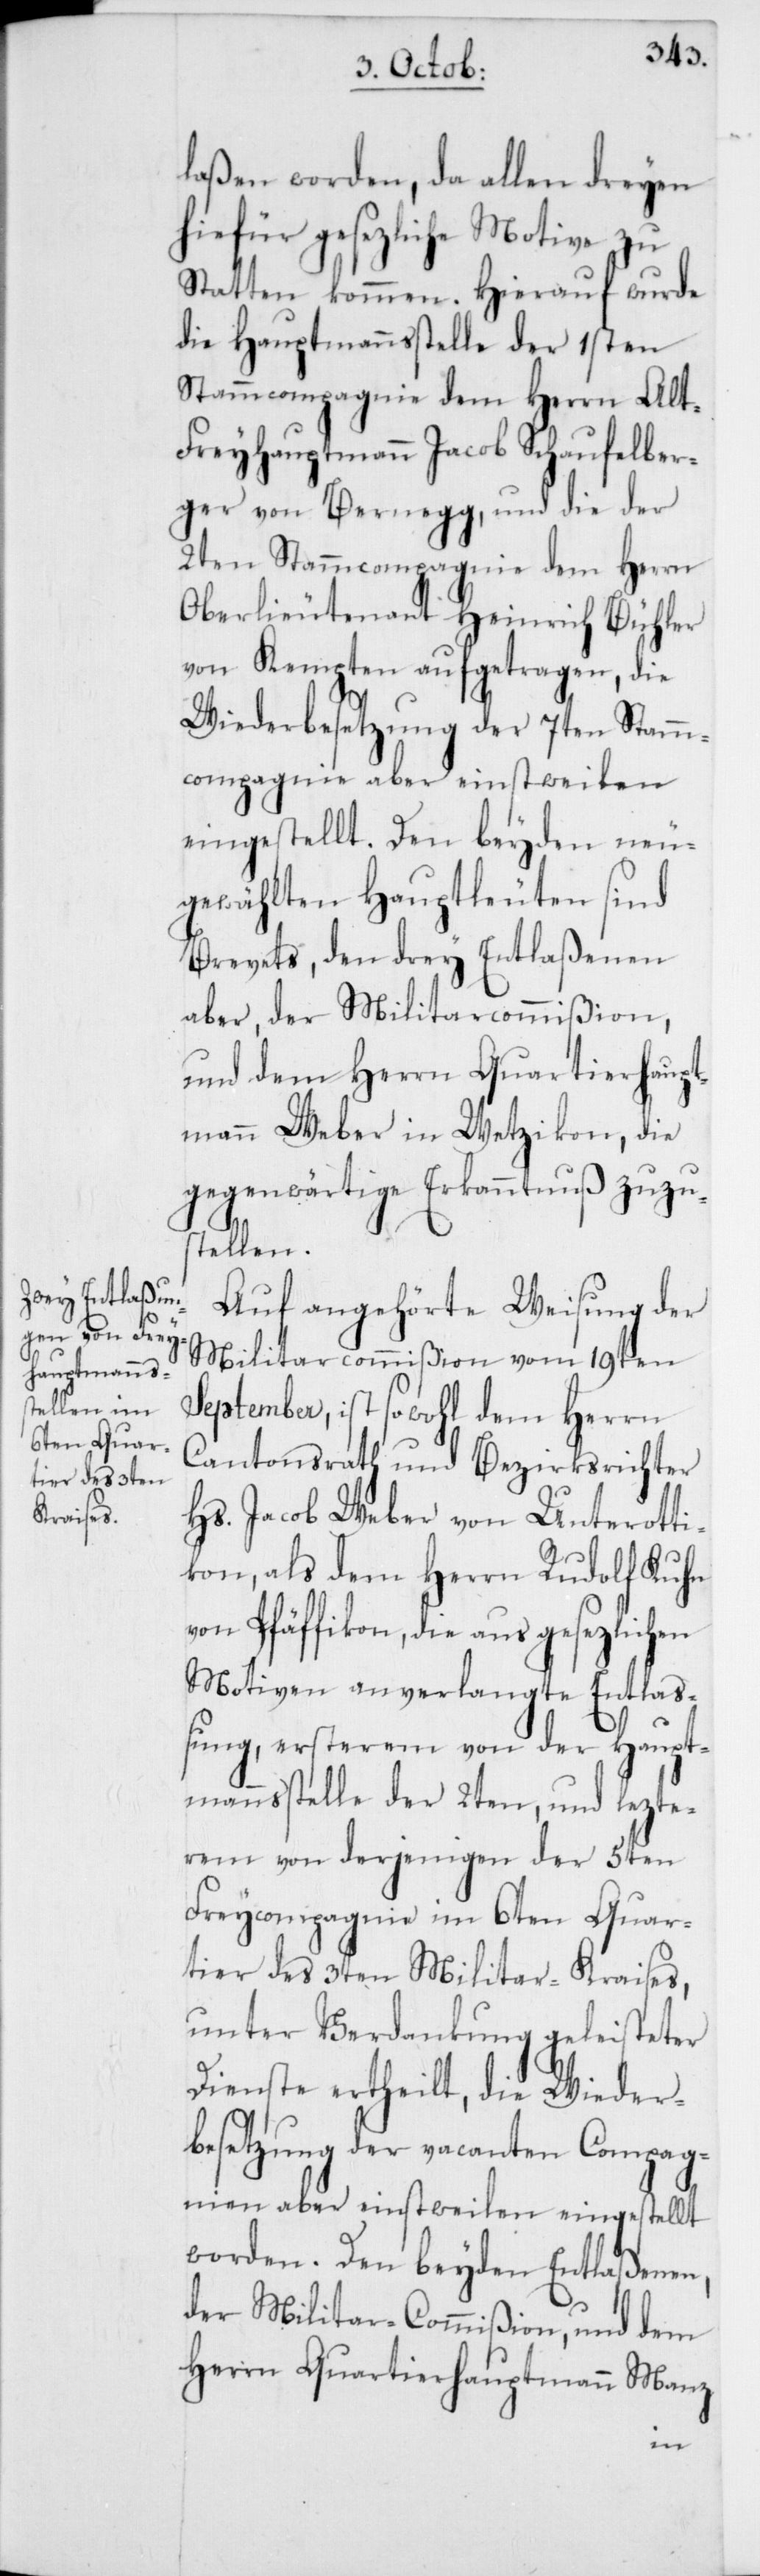
laßen worden, da allen dreyen
hiefür gesezliche Motive zu
Statten kommen. Hierauf wurde
die Hauptmannsstelle der 1sten
Stammcompagnie dem Herrn Al¬
t-Freyhauptmann Jacob Schaufelber¬
ger von Bernegg, und die der
2ten Stammcompagnie dem Herrn
Oberlieutenant Heinrich Bühler
von Kempten aufgetragen, die
Wiederbesetzung der 7ten Stamm¬
compagnie aber einstweilen
eingestellt. Den beyden neu¬
gewählten Hauptleuten sind
Brevets, den drey Entlaßenen
aber, der Militarcommißion,
und dem Herrn Quartierhaupt¬
mann Weber in Wetzikon, die
gegenwärtige Erkanntnuß zuzu¬
stellen.
Auf angehörte Weisung der
Militarcommißion vom 19ten
September, ist sowohl dem Herrn
Cantonsrath und Bezirksrichter
Hs. Jacob Weber von Unterotti¬
kon, als dem Herrn Rudolf Kuhn
von Pfäffikon, die aus gesezlichen
Motiven anverlangte Entlaß¬
ung, ersterem von der Haupt¬
mannsstelle der 2ten, und lezte¬
rem von derjenigen der 5ten
Freycompagnie im 6ten Quar¬
tier des 3ten Militar-Kraises,
unter Verdankung geleisteter
Dienste ertheilt, die Wieder¬
besetzung der vacanten Compag¬
nien aber einstweilen eingestellt
worden. Den beyden Entlaßenen,
der Militar-Commißion und dem
Herrn Quartierhauptmann Manz